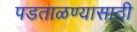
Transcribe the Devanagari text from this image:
पडताळण्यासाठी